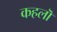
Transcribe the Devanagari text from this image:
कहलॊ